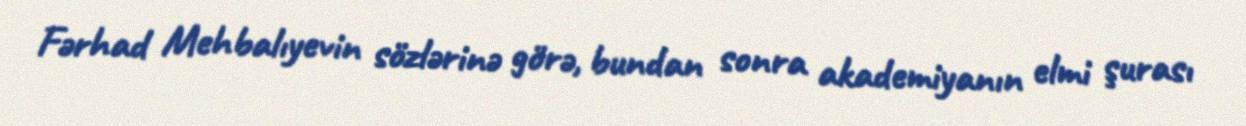
Fərhad Mehbalıyevin sözlərinə görə, bundan sonra akademiyanın elmi şurası